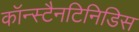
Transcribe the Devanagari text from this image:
कॉन्स्टैनटिनिडिस